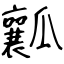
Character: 瓤